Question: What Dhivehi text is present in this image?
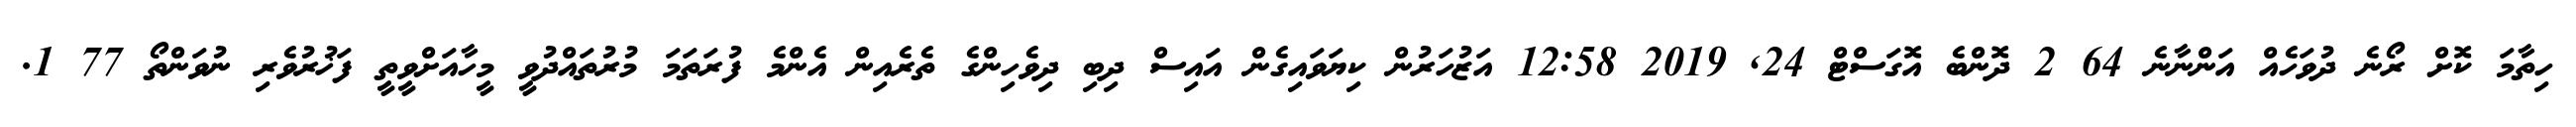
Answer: ހިތާމަ ކޮށް ރޯނެ ދުވަހެއް އަންނާނެ 64 2 ދޮންބެ އޮގަސްޓް 24, 2019 12:58 އަޒުހަރުން ކިޔަވައިގެން އައިސް ދިބި ދިވެހިންގެ ތެރެއިން އެންމެ ފުރަތަމަ މުރުތައްދުވީ މީހާއަށްވީތީ ފަޚުރުވެރި ނުވަންތޯ 77 1.